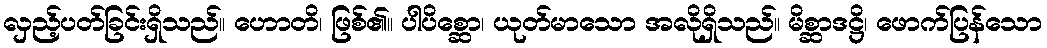
လှည့်ပတ်ခြင်းရှိသည်။ ဟောတိ၊ ဖြစ်၏။ ပါပိစ္ဆော၊ ယုတ်မာသော အလိုရှိသည်။ မိစ္ဆာဒဋ္ဌိ၊ ဖောက်ပြန်သော